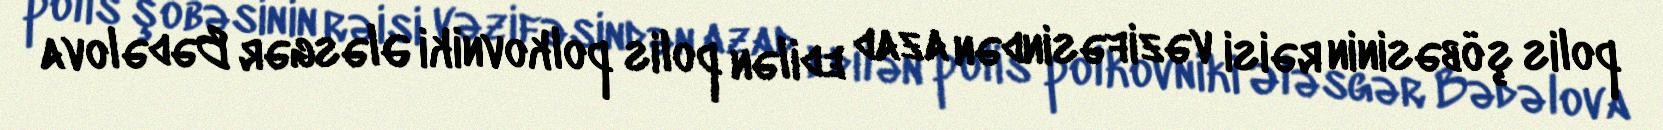
polis şöbəsinin rəisi vəzifəsindən azad edilən polis polkovniki Ələsgər Bədəlova